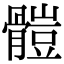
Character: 𩪂